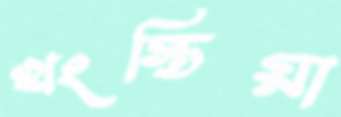
খংস্তিয়া